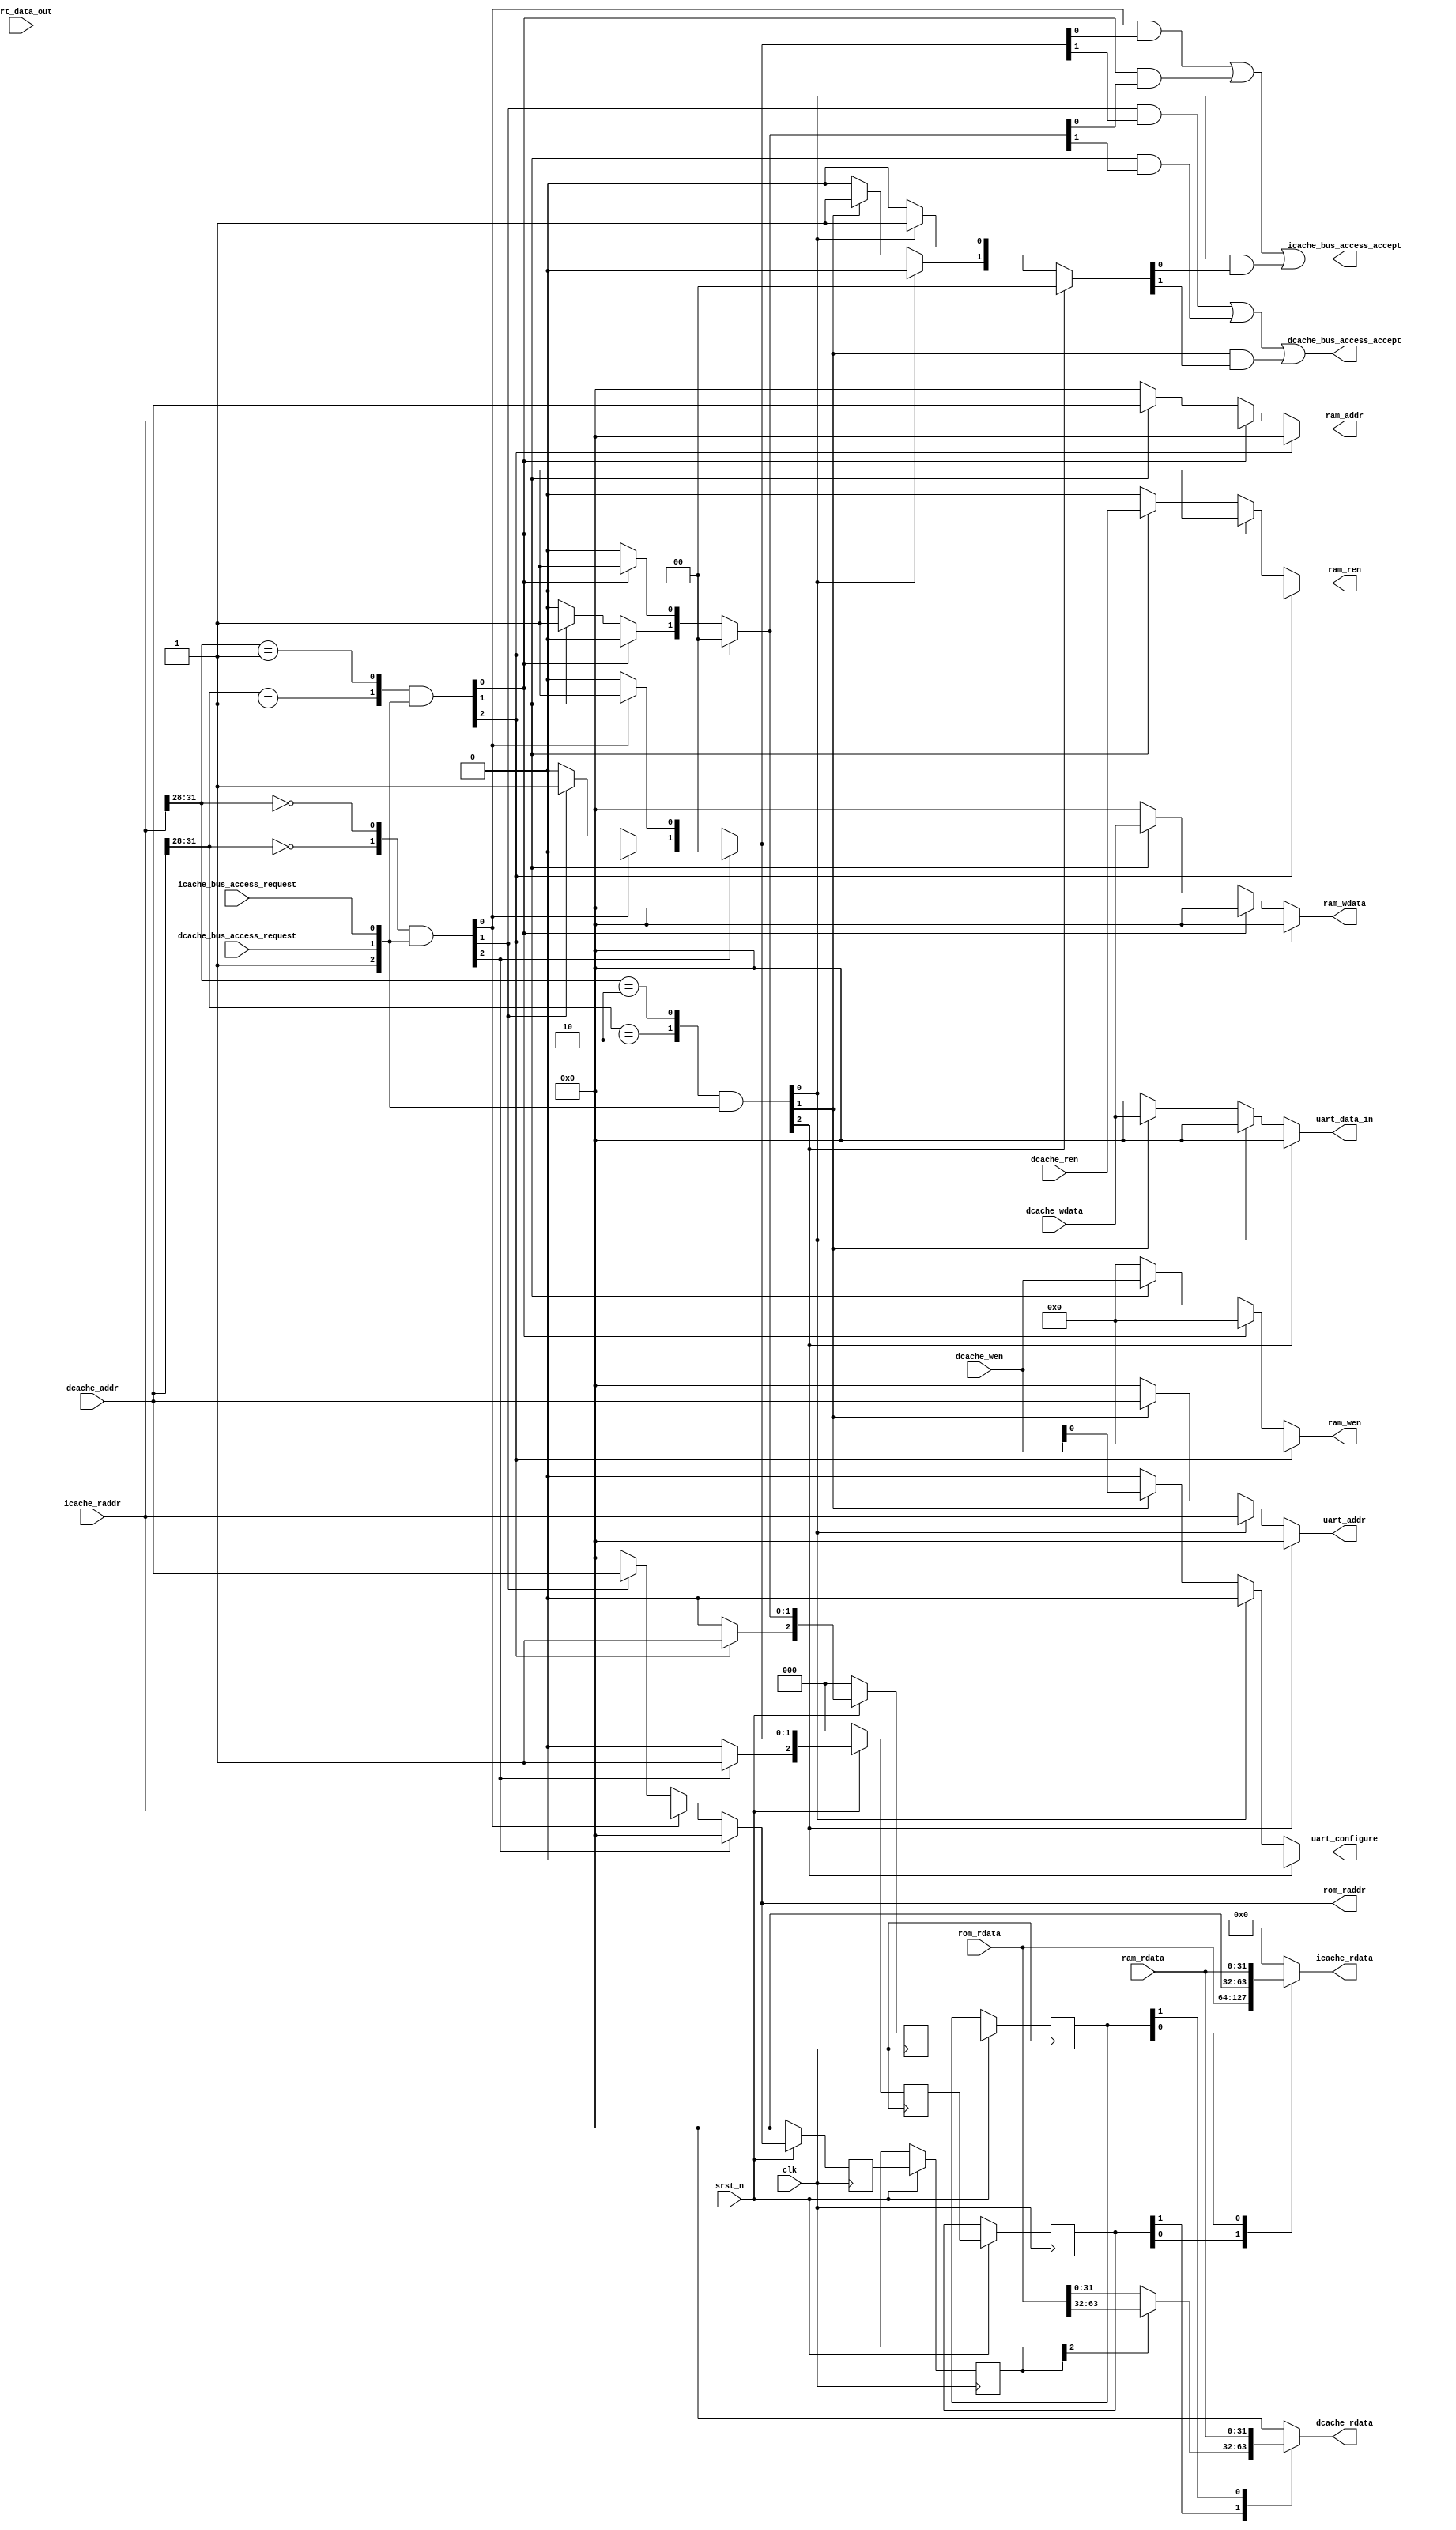
//=============================================
//       Dual Issue Inorder RISC-V CPU              
// 
//=============================================

module riscv_data_bus #(
    parameter DATA_WIDTH = 32
)
(
    input clk,
	input srst_n,

    // ICACHE
    input             icache_bus_access_request,
    input      [31:0] icache_raddr,
    output reg [63:0] icache_rdata,
    output            icache_bus_access_accept,

    // DCACHE
    input             dcache_bus_access_request,
    input             dcache_ren,
    input      [ 3:0] dcache_wen,
    input      [31:0] dcache_addr,
    input      [31:0] dcache_wdata,
    output reg [31:0] dcache_rdata,
    output            dcache_bus_access_accept,

    // ROM
    input      [63:0] rom_rdata,
    output reg [31:0] rom_raddr,

    // RAM
    input      [31:0] ram_rdata,
    output reg [31:0] ram_addr,
    output reg [31:0] ram_wdata,
    output reg [ 3:0] ram_wen,
    output reg        ram_ren,

    // UART
    input      [31:0] uart_data_out,
    output reg [31:0] uart_data_in,
    output reg [31:0] uart_addr,
    output reg        uart_configure
);

localparam UART_IDX = 4'd2, ROM_IDX = 4'd0, RAM_IDX = 4'd1;
localparam UART = 2, ICACHE = 0, DCACHE = 1;

wire [3:0] icache_target = icache_raddr[31 -: 4];
wire [3:0] dcache_target = dcache_addr[31 -: 4];

wire [2:0] request = {1'b1, dcache_bus_access_request, icache_bus_access_request};
wire [2:0] rom_request  = {1'b0, dcache_target == ROM_IDX, icache_target == ROM_IDX} & request;
wire [2:0] ram_request  = {1'b0, dcache_target == RAM_IDX, icache_target == RAM_IDX} & request;
wire [2:0] uart_request = {1'b0, dcache_target == UART_IDX, icache_target == UART_IDX} & request;

// ROM ACCESS CONTROL
// reg [31:0] rom_raddr;
reg [2:0] rom_occupy;

always @ * begin
    rom_raddr = 32'b0;
    rom_occupy = 3'b0;

    if (rom_request[UART]) begin
        rom_occupy[UART] = 1'b1;
    end else if (rom_request[ICACHE]) begin
        rom_raddr = icache_raddr;
        rom_occupy[ICACHE] = 1'b1;
    end else if (rom_request[DCACHE]) begin
        rom_raddr = dcache_addr;
        rom_occupy[DCACHE] = 1'b1;
    end
end

// RAM ACCESS CONTROL
reg [ 2:0] ram_occupy;

always @ * begin
    ram_addr = 32'b0;
    ram_occupy = 3'b0;
    ram_wdata = 32'b0;
    ram_wen = 4'b0;
    ram_ren = 1'b0;

    if (ram_request[UART]) begin
        ram_occupy[UART] = 1'b1;
    end else if (ram_request[ICACHE]) begin
        ram_addr = icache_raddr;
        ram_occupy[ICACHE] = 1'b1;
        ram_ren = 1'b1;
    end else if (ram_request[DCACHE]) begin
        ram_addr = dcache_addr;
        ram_occupy[DCACHE] = 1'b1;
        ram_wdata = dcache_wdata;
        ram_wen = dcache_wen;
        ram_ren = dcache_ren;
    end
end

// UART ACCESS CONTROL
reg [2:0] uart_occupy;

always @ * begin
    uart_configure = 1'b0;
    uart_addr = 32'b0;
    uart_occupy = 3'b0;
    uart_data_in = 32'b0;

    if (uart_request[UART]) begin
        uart_occupy[UART] = 1'b1;
    end else if (uart_request[ICACHE]) begin
        uart_addr = icache_raddr;
        uart_occupy[ICACHE] = 1'b1;
    end else if (uart_request[DCACHE]) begin
        uart_addr = dcache_addr;
        uart_occupy[DCACHE] = 1'b1;
        uart_configure = dcache_wen;
        uart_data_in = dcache_wdata;
    end
end

assign icache_bus_access_accept = ((rom_request[ICACHE] && rom_occupy[ICACHE]) || (ram_request[ICACHE] && ram_occupy[ICACHE]) || (uart_request[ICACHE] && uart_occupy[ICACHE]));
assign dcache_bus_access_accept = ((rom_request[DCACHE] && rom_occupy[DCACHE]) || (ram_request[DCACHE] && ram_occupy[DCACHE]) || (uart_request[DCACHE] && uart_occupy[DCACHE]));

reg [2:0]  rom_occupy_sync, rom_occupy_sync_buf;
reg [2:0]  ram_occupy_sync, ram_occupy_sync_buf;
reg [31:0] rom_raddr_sync, rom_raddr_sync_buf;

always @ (posedge clk) begin
	if (~srst_n) begin
		rom_occupy_sync <= 3'b0;
    	ram_occupy_sync <= 3'b0;
	    rom_raddr_sync  <= 32'b0;
	end else begin
    	rom_occupy_sync <= rom_occupy;
    	ram_occupy_sync <= ram_occupy;
	    rom_raddr_sync  <= rom_raddr;
		rom_occupy_sync_buf <= rom_occupy_sync;
		ram_occupy_sync_buf <= ram_occupy_sync;
		rom_raddr_sync_buf <= rom_raddr_sync;
	end
end

always @ * begin
    icache_rdata = 32'b0;

    case (1'b1) // synopsys parallel_case
        rom_occupy_sync_buf[ICACHE]: begin
            icache_rdata = rom_rdata;
        end
        ram_occupy_sync_buf[ICACHE]: begin
            icache_rdata = ram_rdata;
        end
    endcase
end

always @ * begin
    dcache_rdata = 32'b0;

    case (1'b1) // synopsys parallel_case
        rom_occupy_sync_buf[DCACHE]: begin
            dcache_rdata = (rom_raddr_sync_buf[2]) ? rom_rdata[32 +: 32] : rom_rdata[0 +: 32];
        end
        ram_occupy_sync_buf[DCACHE]: begin
            dcache_rdata = ram_rdata;
        end
    endcase
end

endmodule